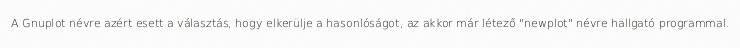
A Gnuplot névre azért esett a választás, hogy elkerülje a hasonlóságot, az akkor már létező "newplot" névre hallgató programmal.